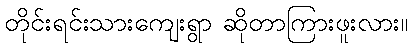
တိုင်းရင်းသားကျေးရွာ ဆိုတာကြားဖူးလား။